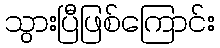
သွားပြီဖြစ်ကြောင်း